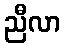
ညီလာ